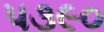
પ૩૯૦